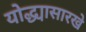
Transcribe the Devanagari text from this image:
योद्ध्यासारखे